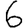
Digit: 6